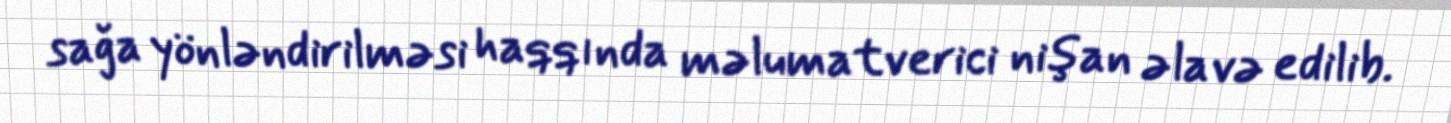
sağa yönləndirilməsi haqqında məlumatverici nişan əlavə edilib.